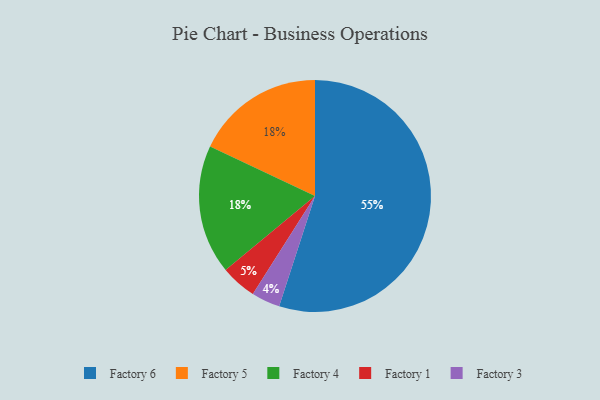
{"axis": {"x": "Category", "y": "Percentage"}, "legend": ["Factory 1", "Factory 3", "Factory 4", "Factory 5", "Factory 6"], "data": [{"x": "Factory 5", "y": 18, "type": "Factory 5"}, {"x": "Factory 1", "y": 5, "type": "Factory 1"}, {"x": "Factory 6", "y": 55, "type": "Factory 6"}, {"x": "Factory 4", "y": 18, "type": "Factory 4"}, {"x": "Factory 3", "y": 4, "type": "Factory 3"}]}